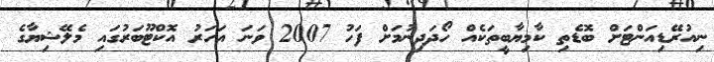
ނިއުރޭޑިއަންޓަށް ބޮޑެތި ކާމިޔާބީތަކެއް ހޯދަދިނުމަށް ފަހު 2007 ވަނަ އަހަރު އޮކްޓޫބަރުގައި މެލޭޝިޔާގެ